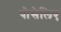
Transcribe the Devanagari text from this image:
पोसेलिए